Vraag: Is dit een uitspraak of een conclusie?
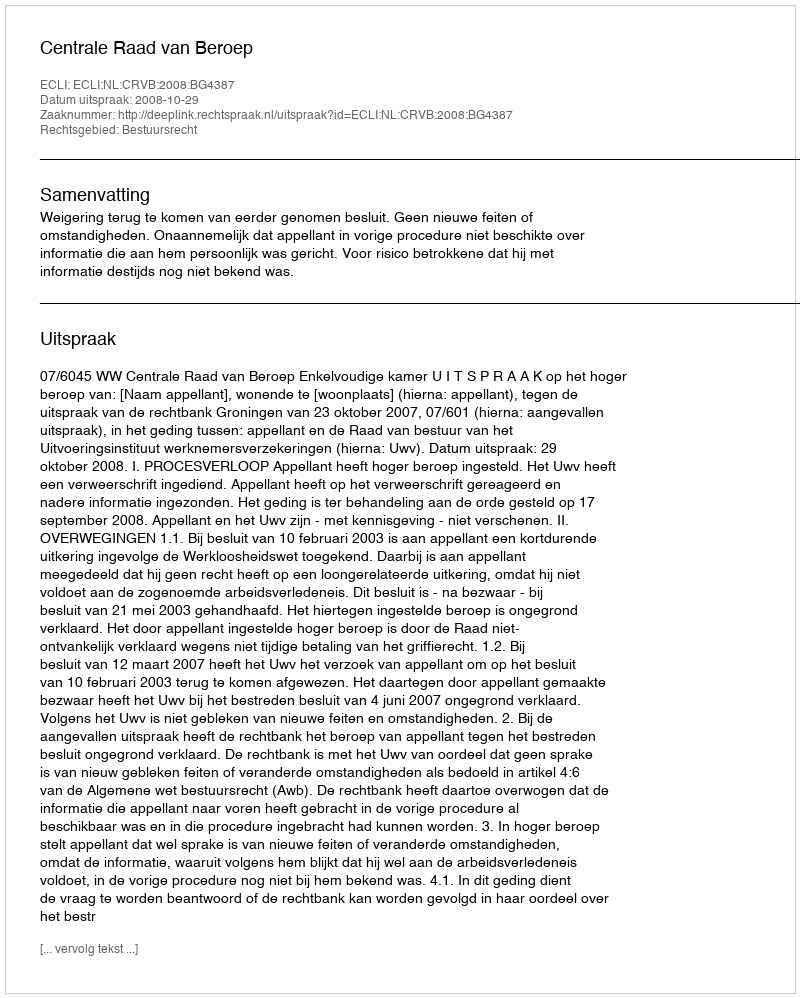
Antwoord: Uitspraak